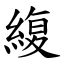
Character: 緮